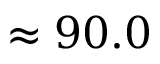
\approx 9 0 . 0